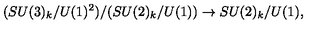
( S U ( 3 ) _ { k } / U ( 1 ) ^ { 2 } ) / ( S U ( 2 ) _ { k } / U ( 1 ) ) \rightarrow S U ( 2 ) _ { k } / U ( 1 ) ,